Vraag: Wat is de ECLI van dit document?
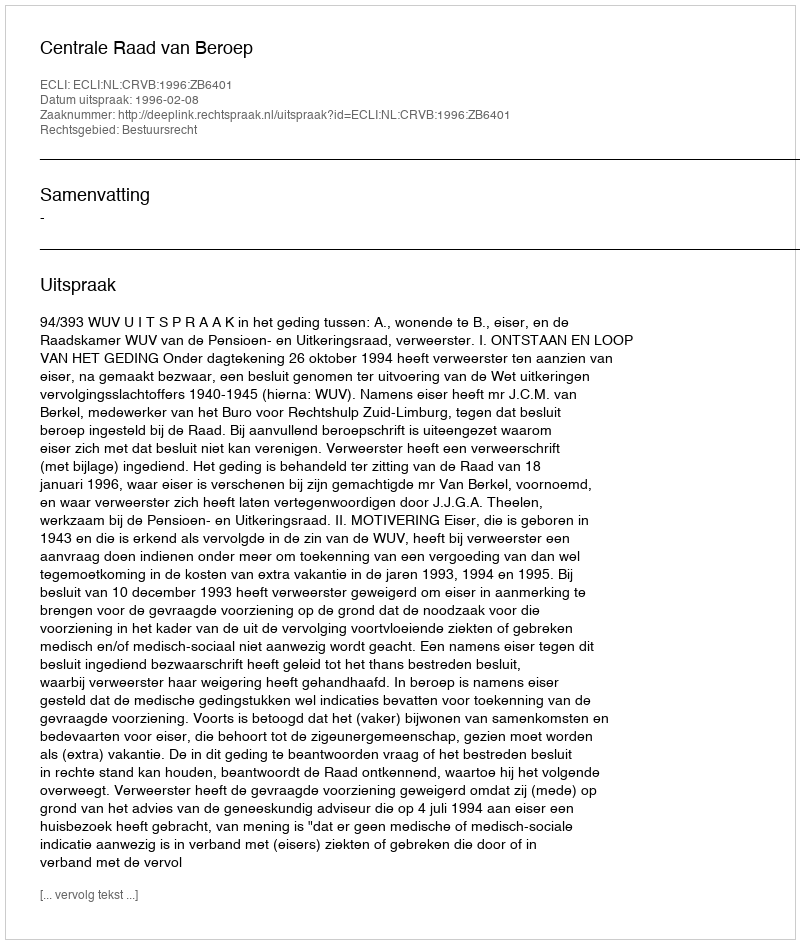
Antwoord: ECLI:NL:CRVB:1996:ZB6401